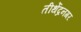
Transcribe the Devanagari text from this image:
तीर्थेद्रनगर